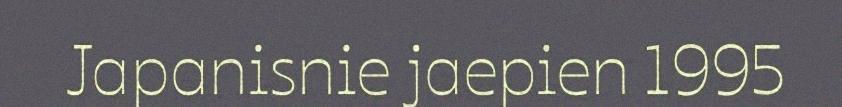
Japanisnie jaepien 1995